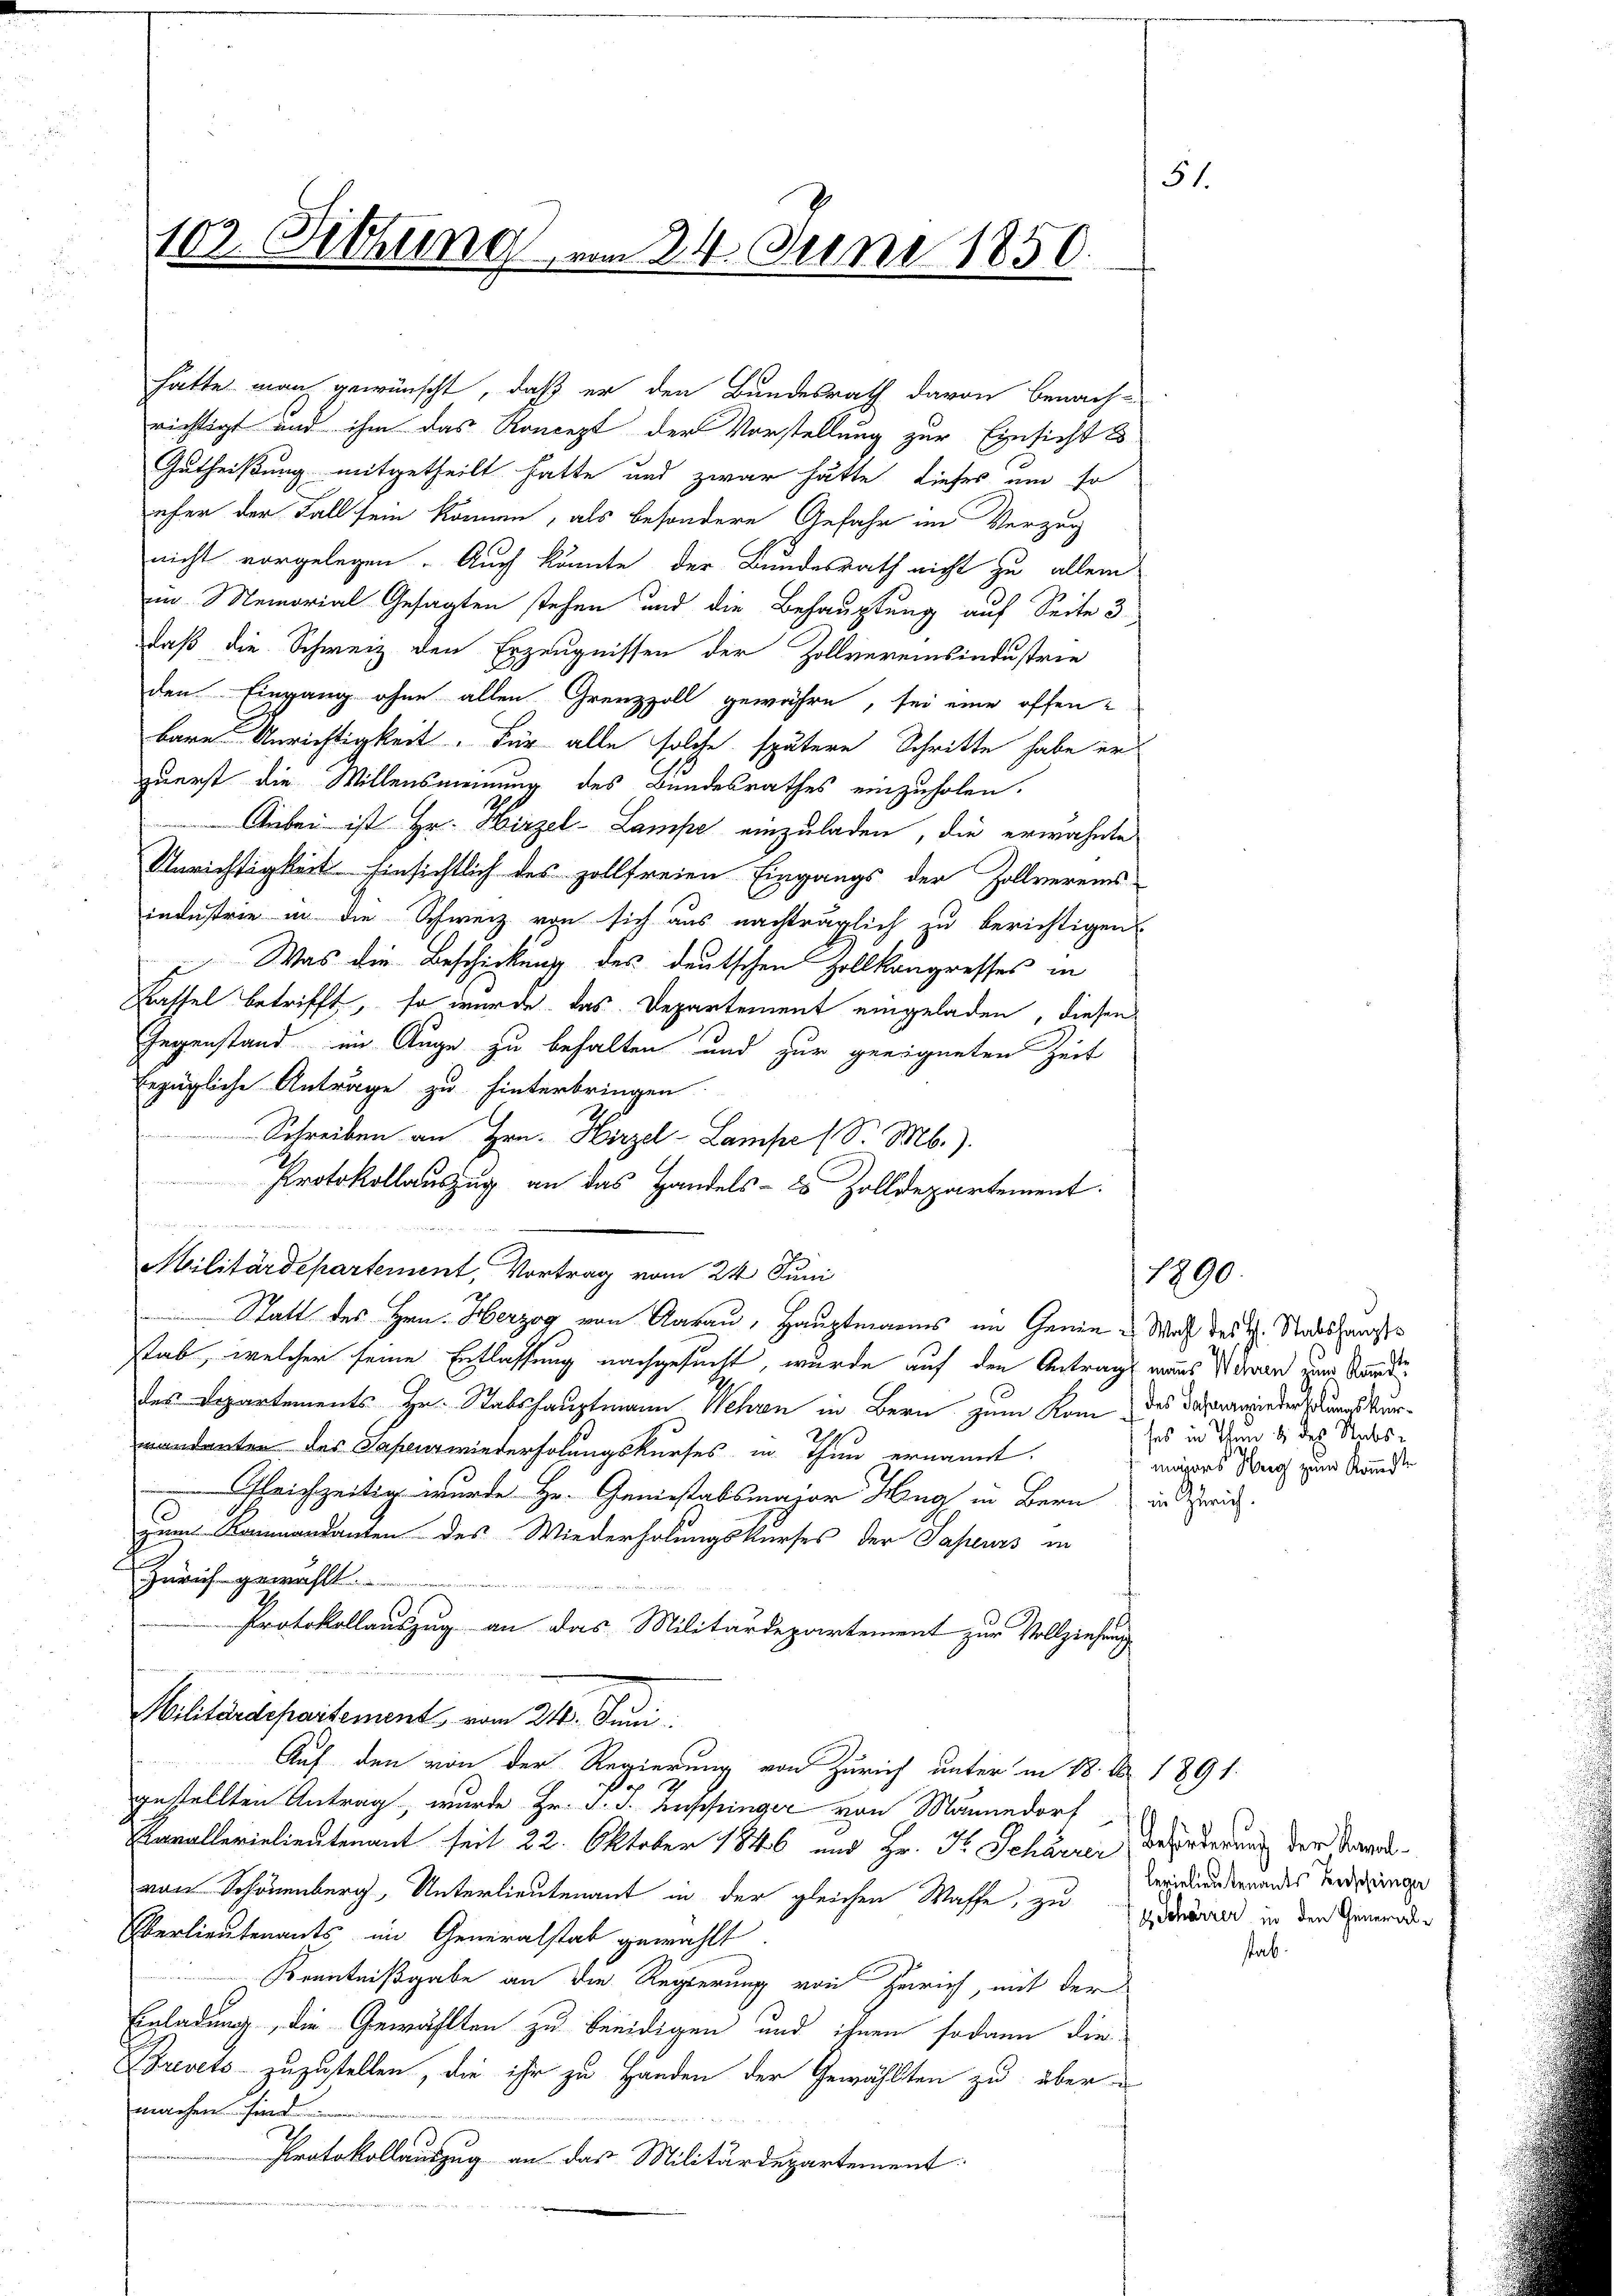
102. Othung vom 24. Juni 1850.

hätte man gewünscht, daß er den Bundesrath davon benach-
richtigt und ihm das Koncept der Vorstellung zur Einsicht
Gutheilung mitgetheilt hatte und zwar hätte dieses um so
eher der Fall sein können, als besondere Gefahr im Verzug
nicht vorgelegen. Auch könnte der Bundesrath nicht zu allein
m Memorial Gesagten stehen und die Behauptung auf Seite 3
daß die Schweiz den Erzeugnissen der Zollvereinsindustrie
den Eingang ohne allen Grenzzoll gewähre, sei eine offenbare Unrichtigkeit. Für alle solche spätere Schritte habe er
zuerst die Willensmeinung des Bundesrathes einzuholen.
Anbei ist Hr. Hirzel-Lampe einzuladen, die erwähnte
Unrichtigkeit hinsichtlich des zollfreien Eingangs der Zollvereins
industrie in die Schweiz von sich aus nachträglich zu berichtigen
Was die Beschickung des deutschen Zollkongresses in
Krassel betrifft, so wurde das Departement eingeladen, diesen
Gegenstand im Auge zu behalten und zur geeigneten Zeit
Erzügliche Anträge zu hinterbringen
Schreiben an Hrn. Hirzel-Lampe (d. M.).
Protokollauszug an das Handels- es Zolldepartement.
n
Militärdepartement, Vortrag vom 24 Juni
Statt des Hrn. Herzog von Aarau, Hauptmanns im Genie - Was des H. Stabshauptstab, welcher seine Entlassung nachgesucht, wurde auf den Antrag aus Namen zum Stande
des Departements Hr. Stabshauptmann Wehren in Bern zum Rom, das darminders uns kurvandanten des Sahen wiederholungskurses in Thun ernannt.
 Gleichzeitig wurde Hr. Geniestabsmajor Hug in Bern in Schweiz.
zum Kommandanten des Wiederholungskurses der Sapeurs in
Zürich gewählt
Protokollauszug an das Militärdepartement zur Vollziehung
Militärdepartement vom 216. Juni:
1
Auf den von der Regierung von Zürich unter in 18. Nr. 1891.
2
e
gestellten Antrag, wurde Hr. J. J. Aushinger von Männedorf
Kavallerialientenant seit 22. Oktober 1846 und Hr. Fr. Schärrer beforderung der Kanalvon Schönenberg, Unterlieutenant in der gleichen Waffe, zu Didirend in den Gemeinder
Oerlieutenants, im Generalstab gewählt.
Kenntnißgabe an die Regierung von Zürich, mit der
Einladung, die Gewählten zu beeidigen und ihnen sodann die
Brevets zuzustellen, die ihr zu Handen der Gewählten zu übermachen hind
Protokollauszug an das Militärdepartement

5.

ses in Ihn bi des Stabs-
migers Herg zum Kommisse

1890.

lerielieutenants Beschringe

stab